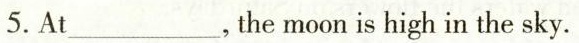
5.At___the moon is high in the sky.